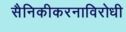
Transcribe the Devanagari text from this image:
सैनिकीकरनाविरोधी